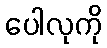
ပေါလုကို